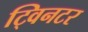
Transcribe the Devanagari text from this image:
ट्विनटर